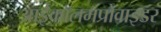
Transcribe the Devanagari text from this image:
आईकॉलमप्रोवाइडर